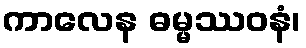
ကာလေန ဓမ္မဿဝနံ၊